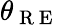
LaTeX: \theta_{\mathrm{~R~E~}}